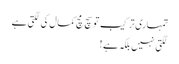
تمہاری ترکیب تو سچ مچ کمال کی لگتی ہے
لگتی نہیں بلکہ ہے !